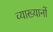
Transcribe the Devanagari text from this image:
व्‍याख्‍यानों